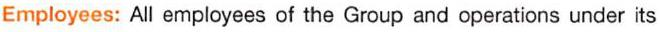
Employees: All employees of the Group and operations under its